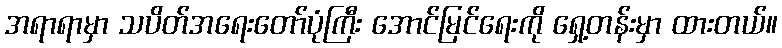
အရာရာမှာ သပိတ်အရေးတော်ပုံကြီး အောင်မြင်ရေးကို ရှေ့တန်းမှာ ထားတယ်။